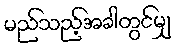
မည်သည့်အခါတွင်မျှ